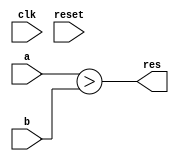
module comparator(
    input clk,
    input reset,
    input signed [3:0] a,
    input signed [3:0] b,
    input signed [3:0] b,
    output res
    );
	
	assign res=a>b;
endmodule